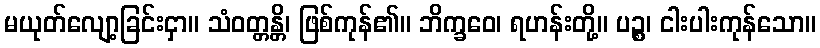
မယုတ်လျော့ခြင်းငှာ။ သံဝတ္တန္တိ၊ ဖြစ်ကုန်၏။ ဘိက္ခဝေ၊ ရဟန်းတို့။ ပဉ္စ၊ ငါးပါးကုန်သော။